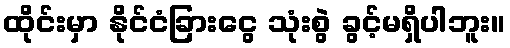
ထိုင်းမှာ နိုင်ငံခြားငွေ သုံးစွဲ ခွင့်မရှိပါဘူး။